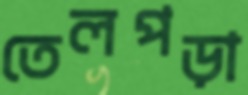
তেলপড়া